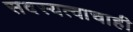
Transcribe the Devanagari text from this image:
सदस्यत्वाचाही